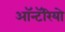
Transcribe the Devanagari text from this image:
ऑन्टॅरियो